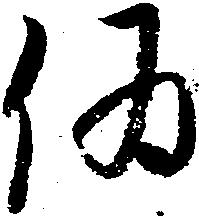
偽